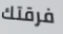
فرقتك